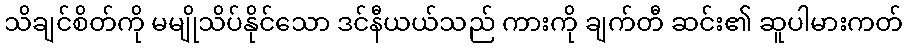
သိချင်စိတ်ကို မမျိုသိပ်နိုင်သော ဒင်နီယယ်သည် ကားကို ချက်တီ ဆင်း၏ ဆူပါမားကတ်